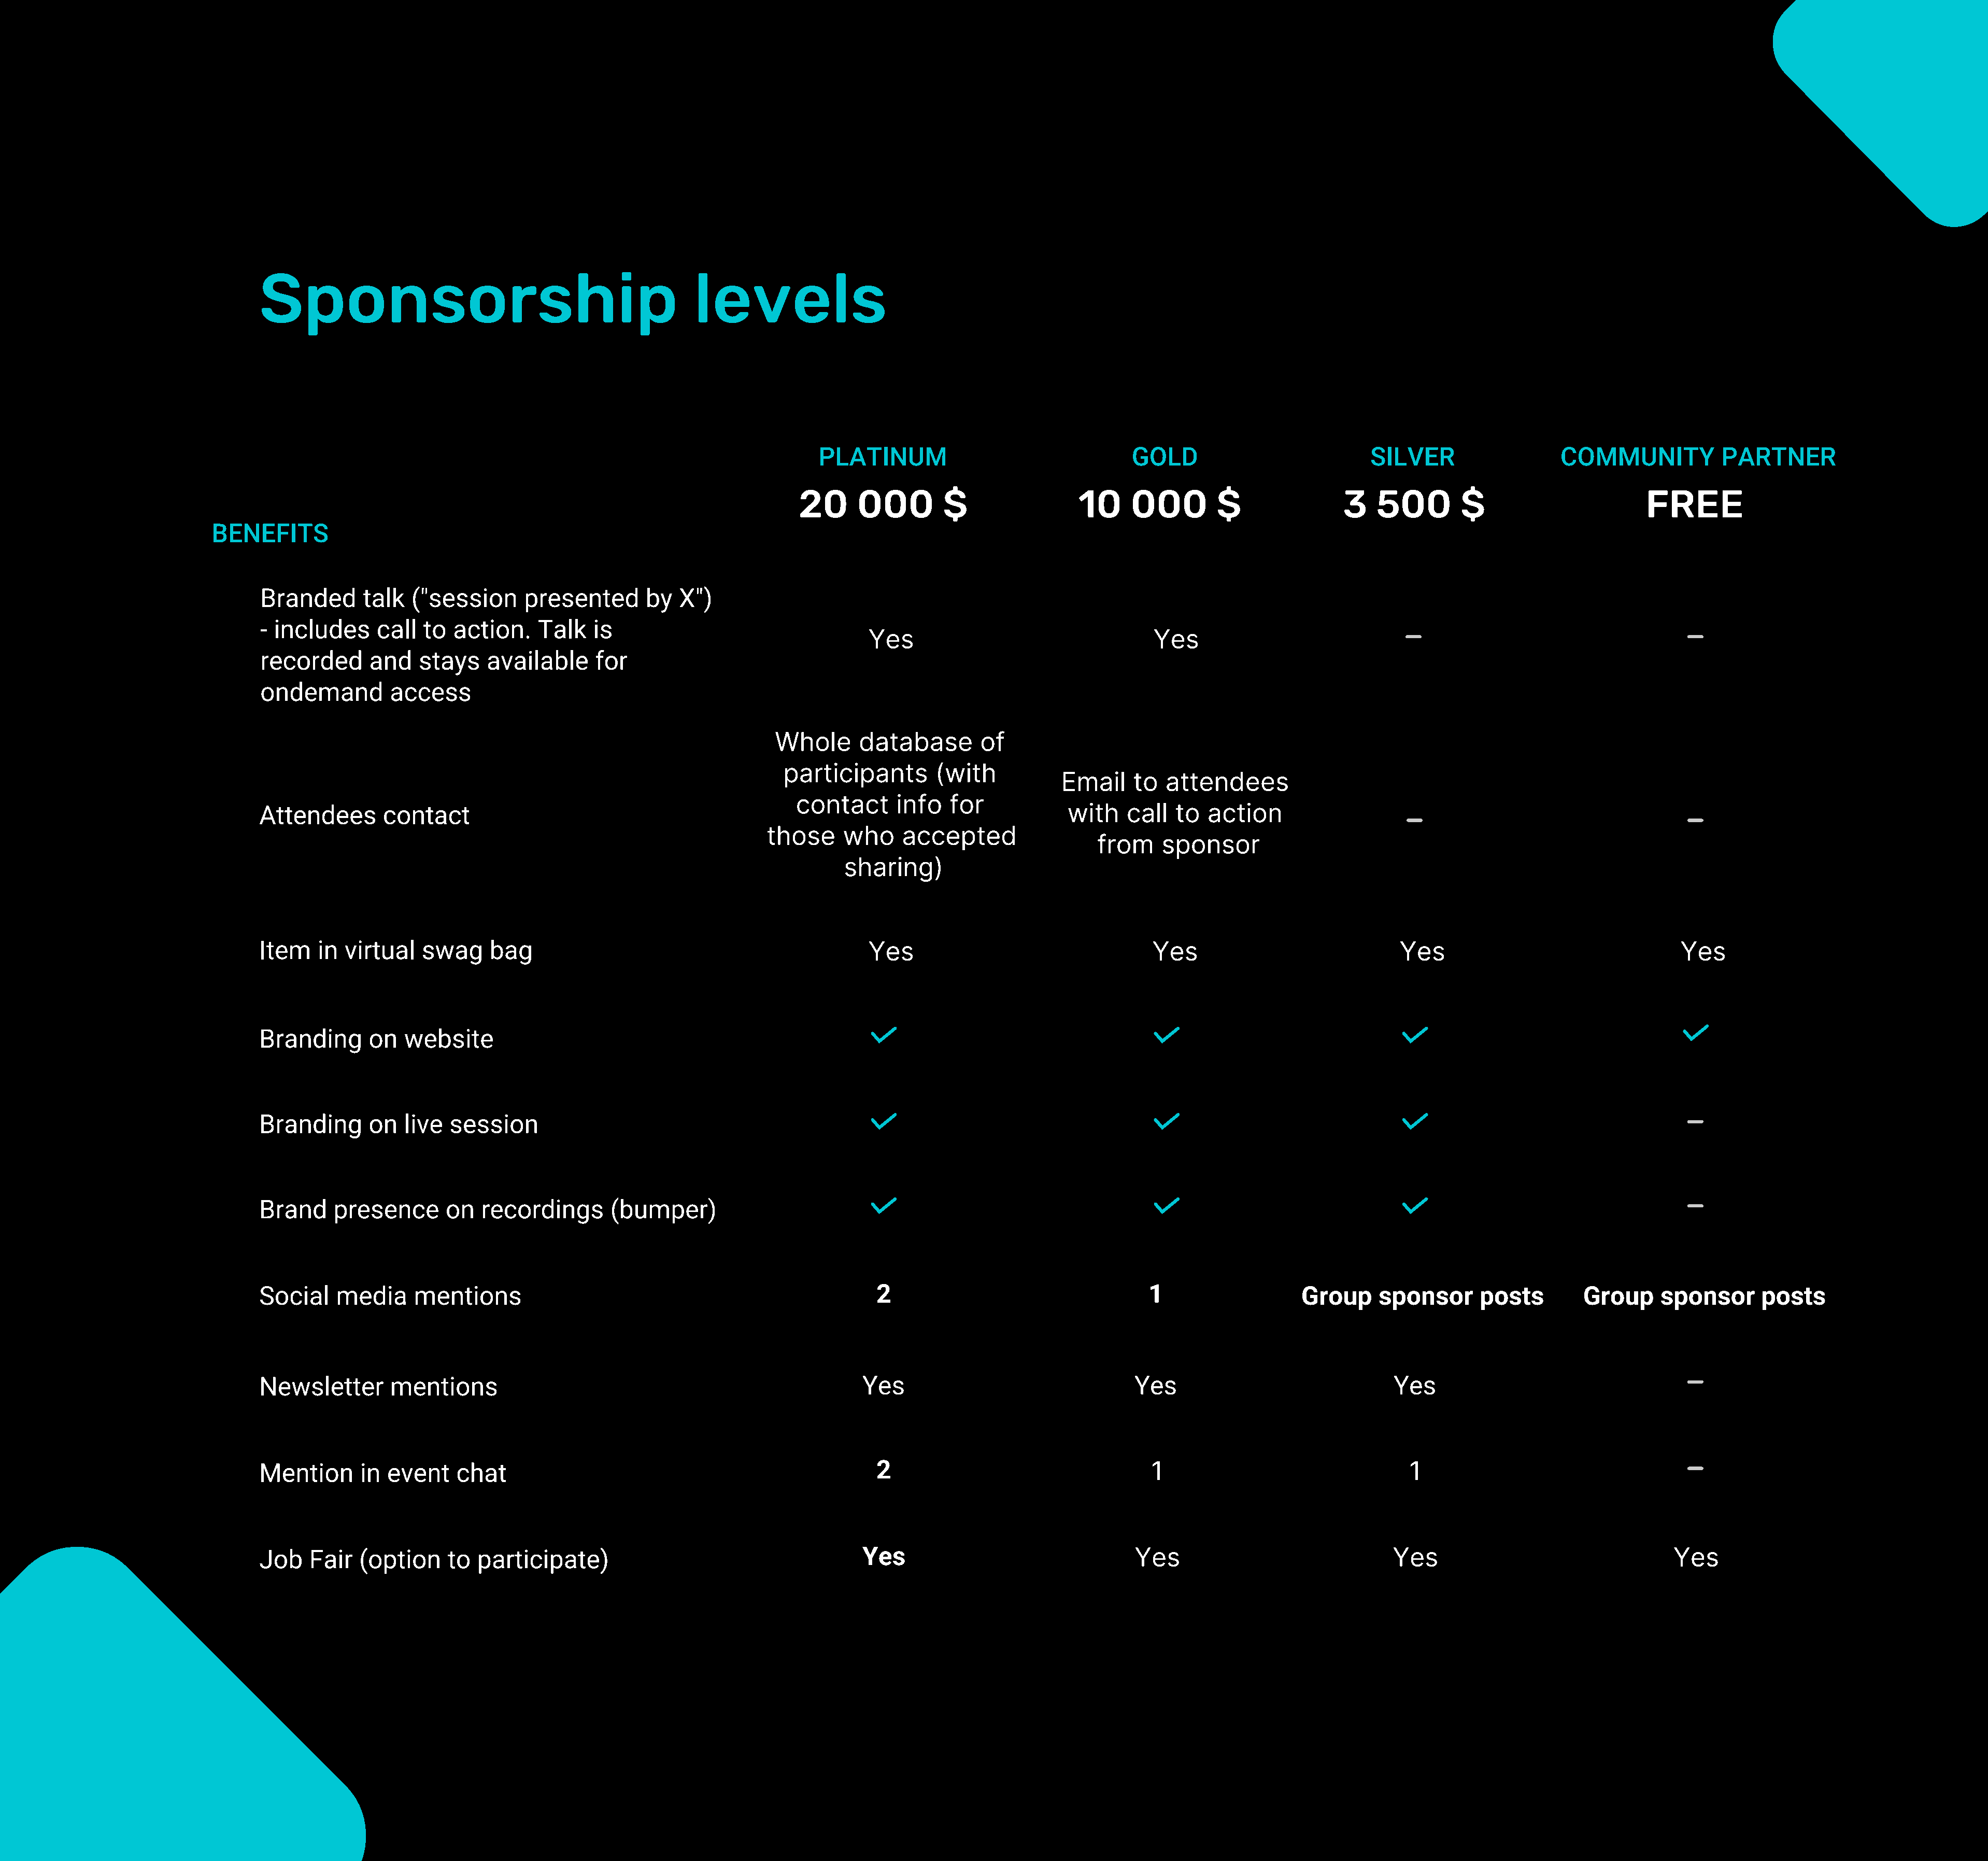
Sponsorship                                             levels
 PLATINUM                                GOLD                          SILVER                  COMMUNITY            PARTNER
 20     000        $                 10    000        $                3   500        $                      FREE
 BENEFITS
 Branded      talk   ("session     presented      by   X")
 - includes     call  to  action.    Talk   is
 Yes                                 Yes
 recorded      and   stays    available     for
 ondemand         access
 Whole      database       of
 participants       (with
 Email    to  attendees
 contact     info   for
 Attendees       contact                                                                                with    call  to  action
 those     who    accepted
 from    sponsor
 sharing)
 Item    in virtual   swag     bag                                             Yes                                 Yes                             Yes                                 Yes
 Branding      on   website
 Branding      on   live session
 Brand     presence      on  recordings       (bumper)                                                            1
 Social    media     mentions                                                   2                                 11                  Group     sponsor      posts        Group     sponsor      posts
 Newsletter       mentions                                                    Yes                                Yes                              Yes
 Mention      in event    chat                                                  2                                  1                                1
 Job   Fair   (option    to  participate)                                     Yes                                Yes                              Yes                                 Yes